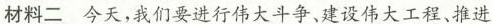
材料二今天，我们要进行伟大斗争，建设伟大工程、推进